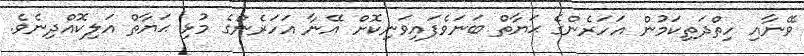
ވޭނާއި ހިތްދަތިކަމުން އަހަރެންގެ ޙަޔާތް ބަނަވެފައިވަނިކޮށް އޭނާ އަހަރެންގެ މުޅި ޙަޔާތް އަލިކޮއްދިނެވެ.